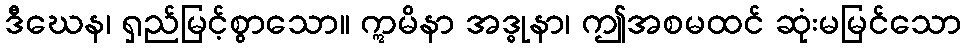
ဒီဃေန၊ ရှည်မြင့်စွာသော။ ဣမိနာ အဒ္ဓုနာ၊ ဤအစမထင် ဆုံးမမြင်သော